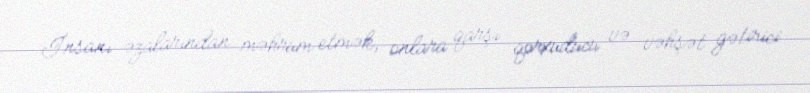
İnsanı əzalarından məhrum etmək, onlara qarşı qorxuducu və vəhşət gətirici